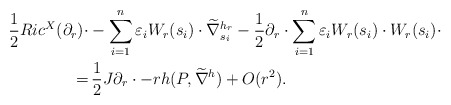
\begin{align*} \frac{1}{2}Ric^X(\partial_r)\cdot &-\sum_{i=1}^n\varepsilon_iW_r(s_i)\cdot\widetilde{\nabla}^{h_r}_{s_i} -\frac{1}{2}\partial_r\cdot\sum_{i=1}^n\varepsilon_iW_r(s_i)\cdot W_r(s_i)\cdot\\ =&\, \frac{1}{2}J\partial_r\cdot -rh(P,\widetilde{\nabla}^h) + O(r^2). \end{align*}